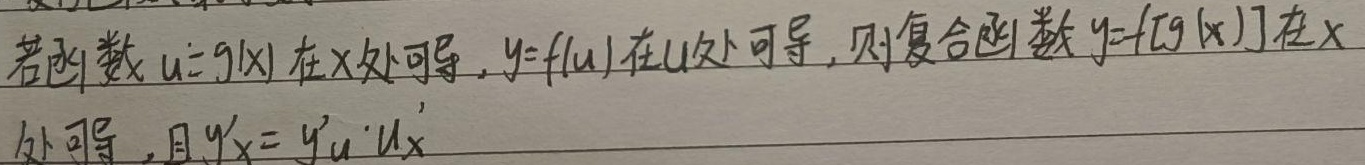
若函数\(u = g(x)\)在\(x\)处可导，\(y = f(u)\)在\(u\)处可导，则复合函数\(y = f[g(x)]\)在\(x\)处可导，且\(y_{x}' = y_{u}'\cdot u_{x}'\)